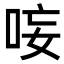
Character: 𭇭